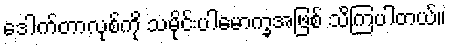
ဒေါက်တာလုစ်ကို သမိုင်းပါမောက္ခအဖြစ် သိကြပါတယ်။